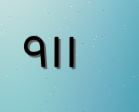
٩١١